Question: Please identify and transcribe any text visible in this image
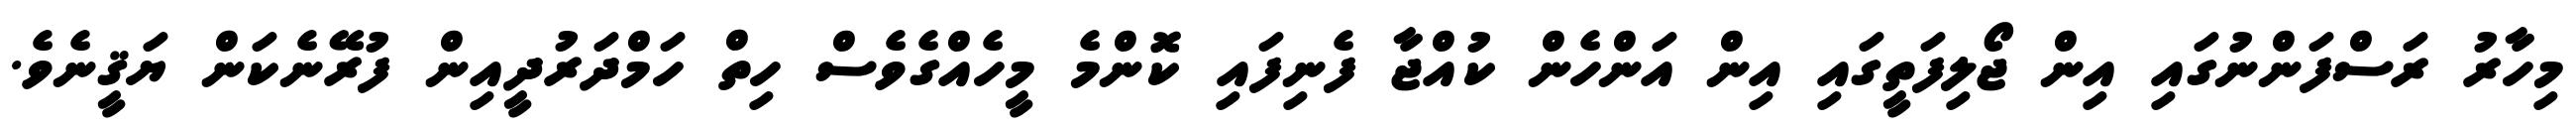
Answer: މިހާރު ރަސްފަންނުގައި އިން ޖޯލިފަތީގައި އިން އަންހެން ކުއްޖާ ފެނިފައި ކޮންމެ މީހެއްގެވެސް ހިތް ހަމްދަރުދީއިން ފުރޭނެކަން ޔަޤީނެވެ.